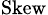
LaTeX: _{\mathrm{Skew}}